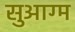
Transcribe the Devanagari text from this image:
सुआग्म